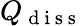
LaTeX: Q_{\mathrm{~d~i~s~s~}}